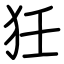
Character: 狅